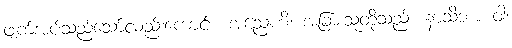
ဖျက်အပ်သည်သော်လည်းကောင်း။ အညေဟိ၊ အခြားသူတို့သည်။ နာသိဘာ ဝါ၊